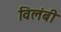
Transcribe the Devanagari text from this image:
विलंबी